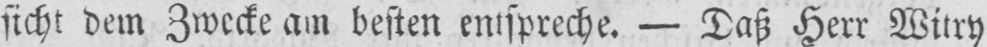
sicht dem Zwecke am besten entspreche. - Daß Herr Witry